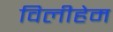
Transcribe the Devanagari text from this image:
विलीहेम